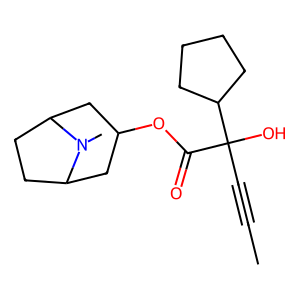
SMILES: CC#CC(O)(C(=O)OC1CC2CCC(C1)N2C)C1CCCC1
Inhibits HIV replication: No